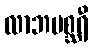
လာဘမစ္ဆရီ